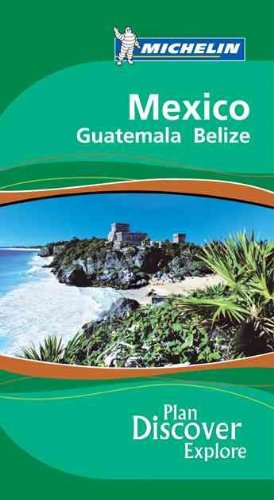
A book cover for Michelin Green Guide Mexico Guatemala Belize (Green Guide/Michelin); Michelin; Travel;